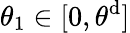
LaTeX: \theta_{1}\in[0,\theta^{\mathrm{d}}]